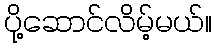
ပို့ဆောင်လိမ့်မယ်။